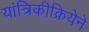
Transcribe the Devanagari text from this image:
यांत्रिकीक्रियेने